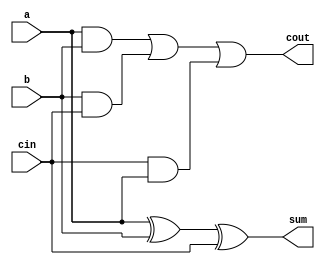
`timescale 1ns / 1ps
//////////////////////////////////////////////////////////////////////////////////
// Company: 
// Engineer: 
// 
// Design Name: 
// Module Name:    adders 
// Project Name: 
// Target Devices: 
// Tool versions: 
// Description: 
//
// Dependencies: 
//
// Revision: 
// Revision 0.01 - File Created
// Additional Comments: 
//
//////////////////////////////////////////////////////////////////////////////////
module adders(a,b,cin,sum,cout);
    input a,b,cin;
    output sum,cout;
	 xor x1(s1,a,b);
	 xor x2(sum,s1,cin);
	 and a1(s2,a,b);
	 and a2(s3,b,cin);
	 and a3(s4,cin,a);
	 or o1(s5,s2,s3);
	 or o2(cout,s5,s4);


endmodule